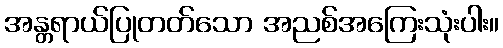
အန္တရာယ်ပြုတတ်သော အညစ်အကြေးသုံးပါး။